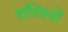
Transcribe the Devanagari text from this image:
शस्त्रियों